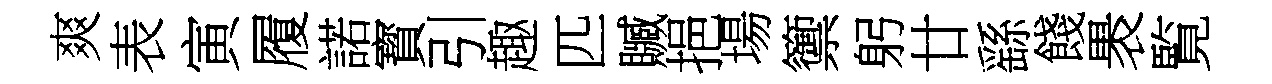
爽表寅履諾寳引趣匹贓挹場籞躬廿繇餞褁覧